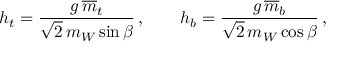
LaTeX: h _ { t } = \frac { g \, \overline { { { m } } } _ { t } } { \sqrt 2 \, m _ { W } \sin \beta } \, , \qquad h _ { b } = \frac { g \, \overline { { { m } } } _ { b } } { \sqrt 2 \, m _ { W } \cos \beta } \, ,